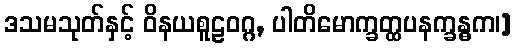
ဒသမသုတ်နှင့် ဝိနယစူဠဝဂ္ဂ, ပါတိမောက္ခတ္ထပနက္ခန္ဓက၊]